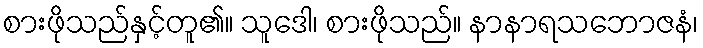
စားဖိုသည်နှင့်တူ၏။ သူဒေါ၊ စားဖိုသည်။ နာနာရသဘောဇနံ၊